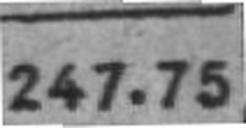
247.75